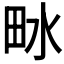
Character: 𤱄